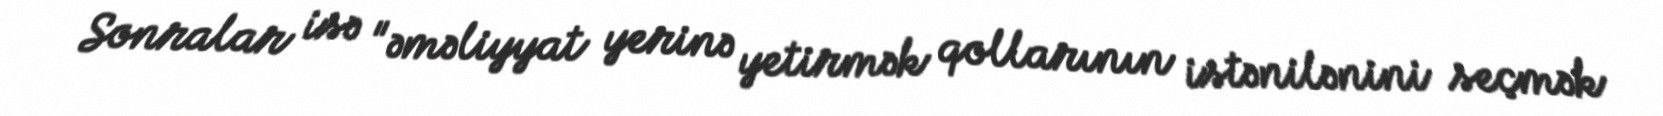
Sonralar isə "əməliyyat yerinə yetirmək qollarının istənilənini seçmək